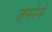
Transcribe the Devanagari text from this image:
जनरेने